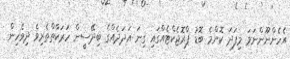
އެހެންނޫންނަމަ މިފަދަ ކޮންމެ ބޮޑު ޕްރޮޖެކްޓެއްގައި ގިނަ އަދަދެއްގެ ބިދޭސީން ހަރަކާތްތެރިވެ ދިވެހިން